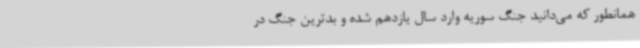
همانطور که می‌دانید جنگ سوریه وارد سال یازدهم شده و بدترین جنگ در